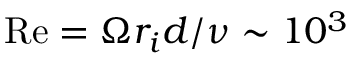
\mathrm { R e } = \Omega r _ { i } d / \nu \sim 1 0 ^ { 3 }